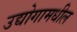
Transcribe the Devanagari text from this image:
उद्योगामधील